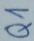
Text: Q1